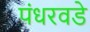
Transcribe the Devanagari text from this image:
पंधरवडे